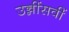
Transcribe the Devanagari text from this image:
उन्नींसवीं